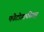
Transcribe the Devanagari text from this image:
फोटोग्राफीसह